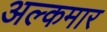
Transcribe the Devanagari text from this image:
अल्कमार